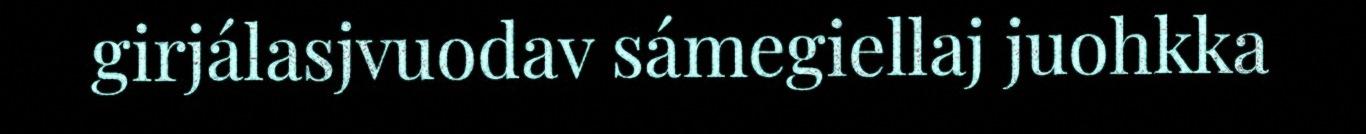
girjálasjvuodav sámegiellaj juohkka